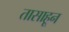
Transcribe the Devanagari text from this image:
तासाहून